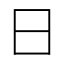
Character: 日